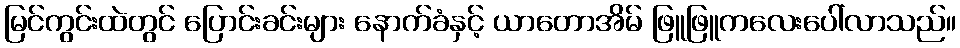
မြင်ကွင်းထဲတွင် ပြောင်းခင်းများ နောက်ခံနှင့် ယာတောအိမ် ဖြူဖြူကလေးပေါ်လာသည်။